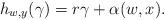
LaTeX: \begin{align*}h_{w,y}(\gamma)=r\gamma+\alpha(w,x).\end{align*}